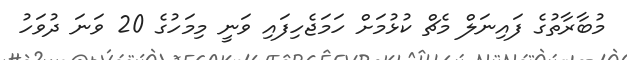
މުބާރާތުގެ ފައިނަލް މެޗް ކުޅުމަށް ހަމަޖެހިފައި ވަނީ މިމަހުގެ 20 ވަނަ ދުވަހު